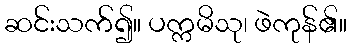
ဆင်းသက်၍။ ပက္ကမိသု၊ ဖဲကုန်၏။